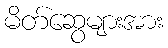
မိတ်ဆွေများအား